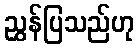
ညွှန်ပြသည်ဟု